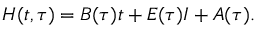
H ( t , \tau ) = { \cal B } ( \tau ) t + E ( \tau ) { \cal I } + { \cal A } ( \tau ) .